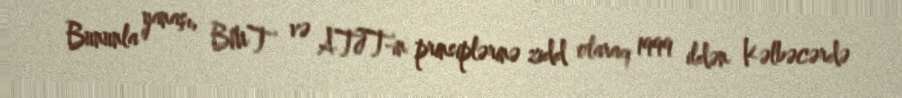
Bununla yanaşı, BMT və ATƏT-in prinsiplərinə zidd olaraq 1999 ildən Kəlbəcərdə